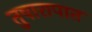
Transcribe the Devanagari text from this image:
तुषारापात